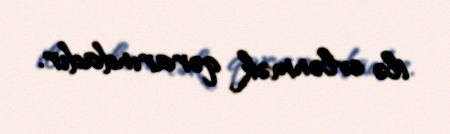
ilə evlənmək qərarındadır.